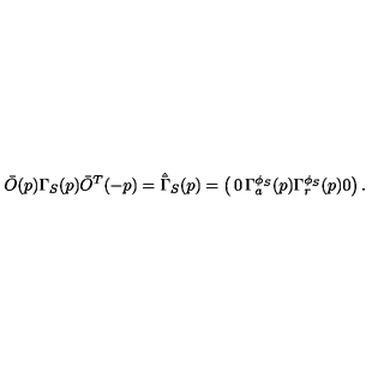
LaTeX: \bar { O } ( p ) \Gamma _ { S } ( p ) \bar { O } ^ { T } ( - p ) = \hat { \bar { \Gamma } } _ { S } ( p ) = \left( \begin{matrix} { 0 } & { \Gamma _ { a } ^ { \phi _ { S } } ( p ) } \\ { \Gamma _ { r } ^ { \phi _ { S } } ( p ) } & { 0 } \\ \end{matrix} \right) .